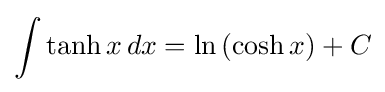
\int \tanh x\,dx=\ln \,(\cosh x)+C